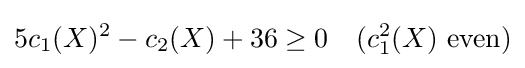
5c_{1}(X)^{2}-c_{2}(X)+36\geq 0\quad (c_{1}^{2}(X){\text{ even}})